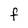
Character: F